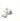
فأن